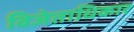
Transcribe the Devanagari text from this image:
विजेताधिकार